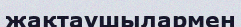
жақтаушылармен